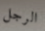
الرجل